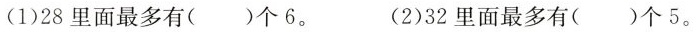
(1)28里面最多有（）个6。 （2）32里面最多有（ ）个5。